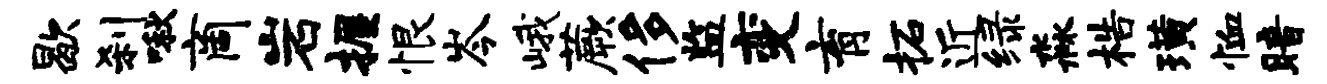
歇刹啾商岩握恨岑峨蕨侈监变育柘近绿淼梏璜恤暗